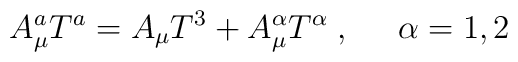
A_{\mu }^{a}T^{a}=A_{\mu }T^{3}+A_{\mu }^{\alpha }T^{\alpha}\;,\;\;\;\;\;\alpha =1,2